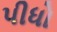
પીધો